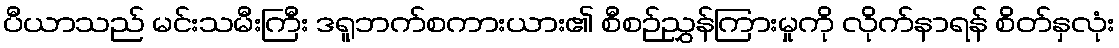
ပီယာသည် မင်းသမီးကြီး ဒရူဘက်စကားယား၏ စီစဉ်ညွှန်ကြားမှုကို လိုက်နာရန် စိတ်နှလုံး